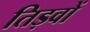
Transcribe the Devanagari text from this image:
तिड़वों